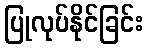
ပြုလုပ်နိုင်ခြင်း